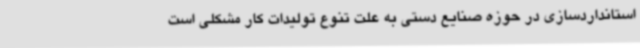
استانداردسازی در حوزه صنایع دستی به علت تنوع تولیدات کار مشکلی است